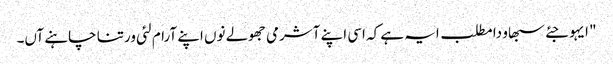
" ایہو جئے سبھاو دا مطلب ایہ ہے کہ اسی اپنے آشرمی جھولے نوں اپنے آرام لئی ورتنا چاہنے آں۔